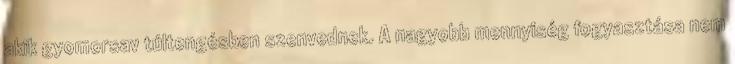
akik gyomorsav túltengésben szenvednek. A nagyobb mennyiség fogyasztása nem